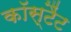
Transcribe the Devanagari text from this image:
कॉस्टैंट